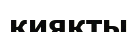
қияқты